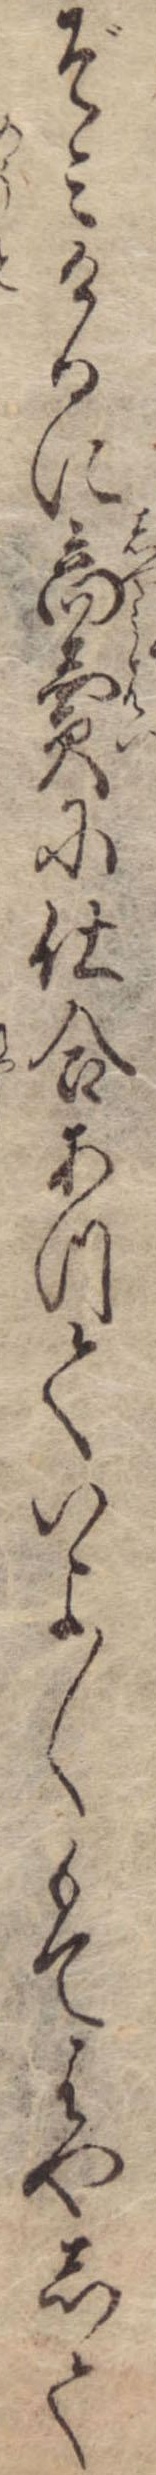
ぞみけるに商売に仕合あつていよ〱もてはやして